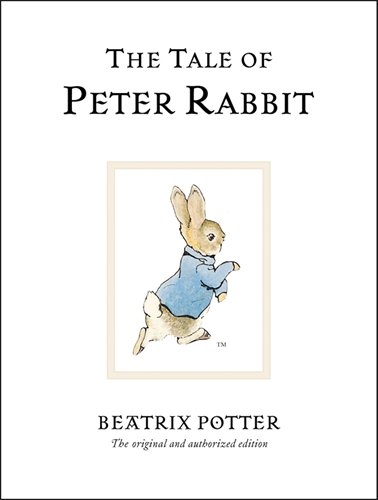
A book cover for The Tale of Peter Rabbit; Beatrix Potter; Children's Books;